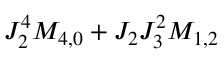
J _ { 2 } ^ { 4 } M _ { 4 , 0 } + J _ { 2 } J _ { 3 } ^ { 2 } M _ { 1 , 2 }